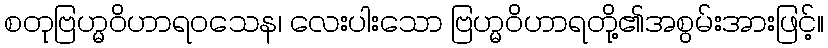
စတုဗြဟ္မဝိဟာရဝသေန၊ လေးပါးသော ဗြဟ္မဝိဟာရတို့၏အစွမ်းအားဖြင့်။